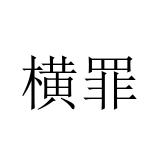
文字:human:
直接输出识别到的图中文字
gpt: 横罪